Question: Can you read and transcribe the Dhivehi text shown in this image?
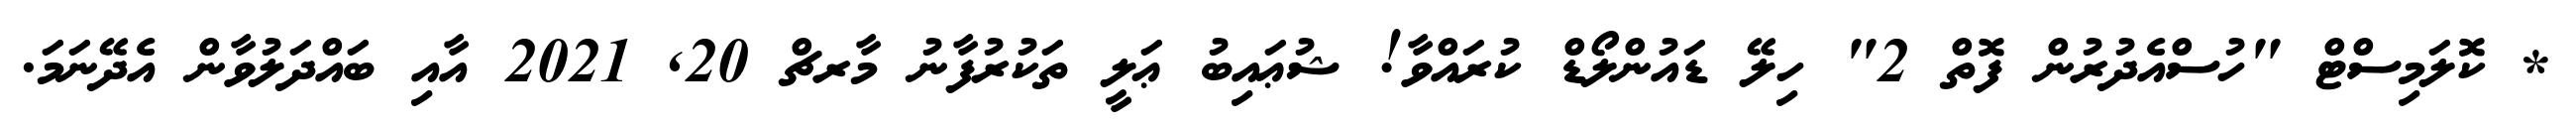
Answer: * ކޮލަމިސްޓް "ހުސްއެދުރުން ފޮތް 2" ހިލޭ ޑައުންލޯޑް ކުރައްވާ! ޝުޢައިބު ޢަލީ ތަކުރުފާނު މާރޗް 20, 2021 އާއި ބައްދަލުވާން އެދޭނަމަ.